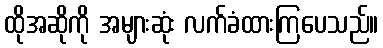
ထိုအဆိုကို အများဆုံး လက်ခံထားကြပေသည်။